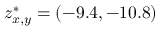
z _ { x , y } ^ { * } = ( - 9 . 4 , - 1 0 . 8 )